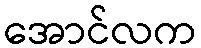
အောင်လက